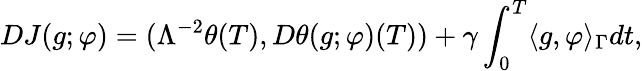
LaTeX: DJ(g;\varphi)=(\Lambda^{-2}\theta(T),D\theta(g;\varphi)(T))+\gamma\int_{0}^{T}\langle g,\varphi\rangle_{\Gamma}dt,